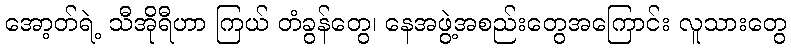
အော့တ်ရဲ့ သီအိုရီဟာ ကြယ် တံခွန်တွေ၊ နေအဖွဲ့အစည်းတွေအကြောင်း လူသားတွေ